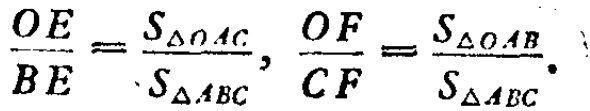
\(\frac{OE}{BE}=\frac{S_{\triangle OAC}}{S_{\triangle ABC}},\frac{OF}{CF}=\frac{S_{\triangle OAB}}{S_{\triangle ABC}}.\)